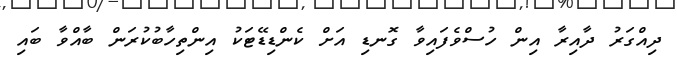
ދިއްގަރު ދާއިރާ އިން ހުސްވެފައިވާ ގޮނޑި އަށް ކެންޑިޑޭޓަކު އިންތިހާބުކުރަން ބާއްވާ ބައި